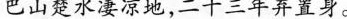
巴山楚水凄凉地，二十三年弃置身。